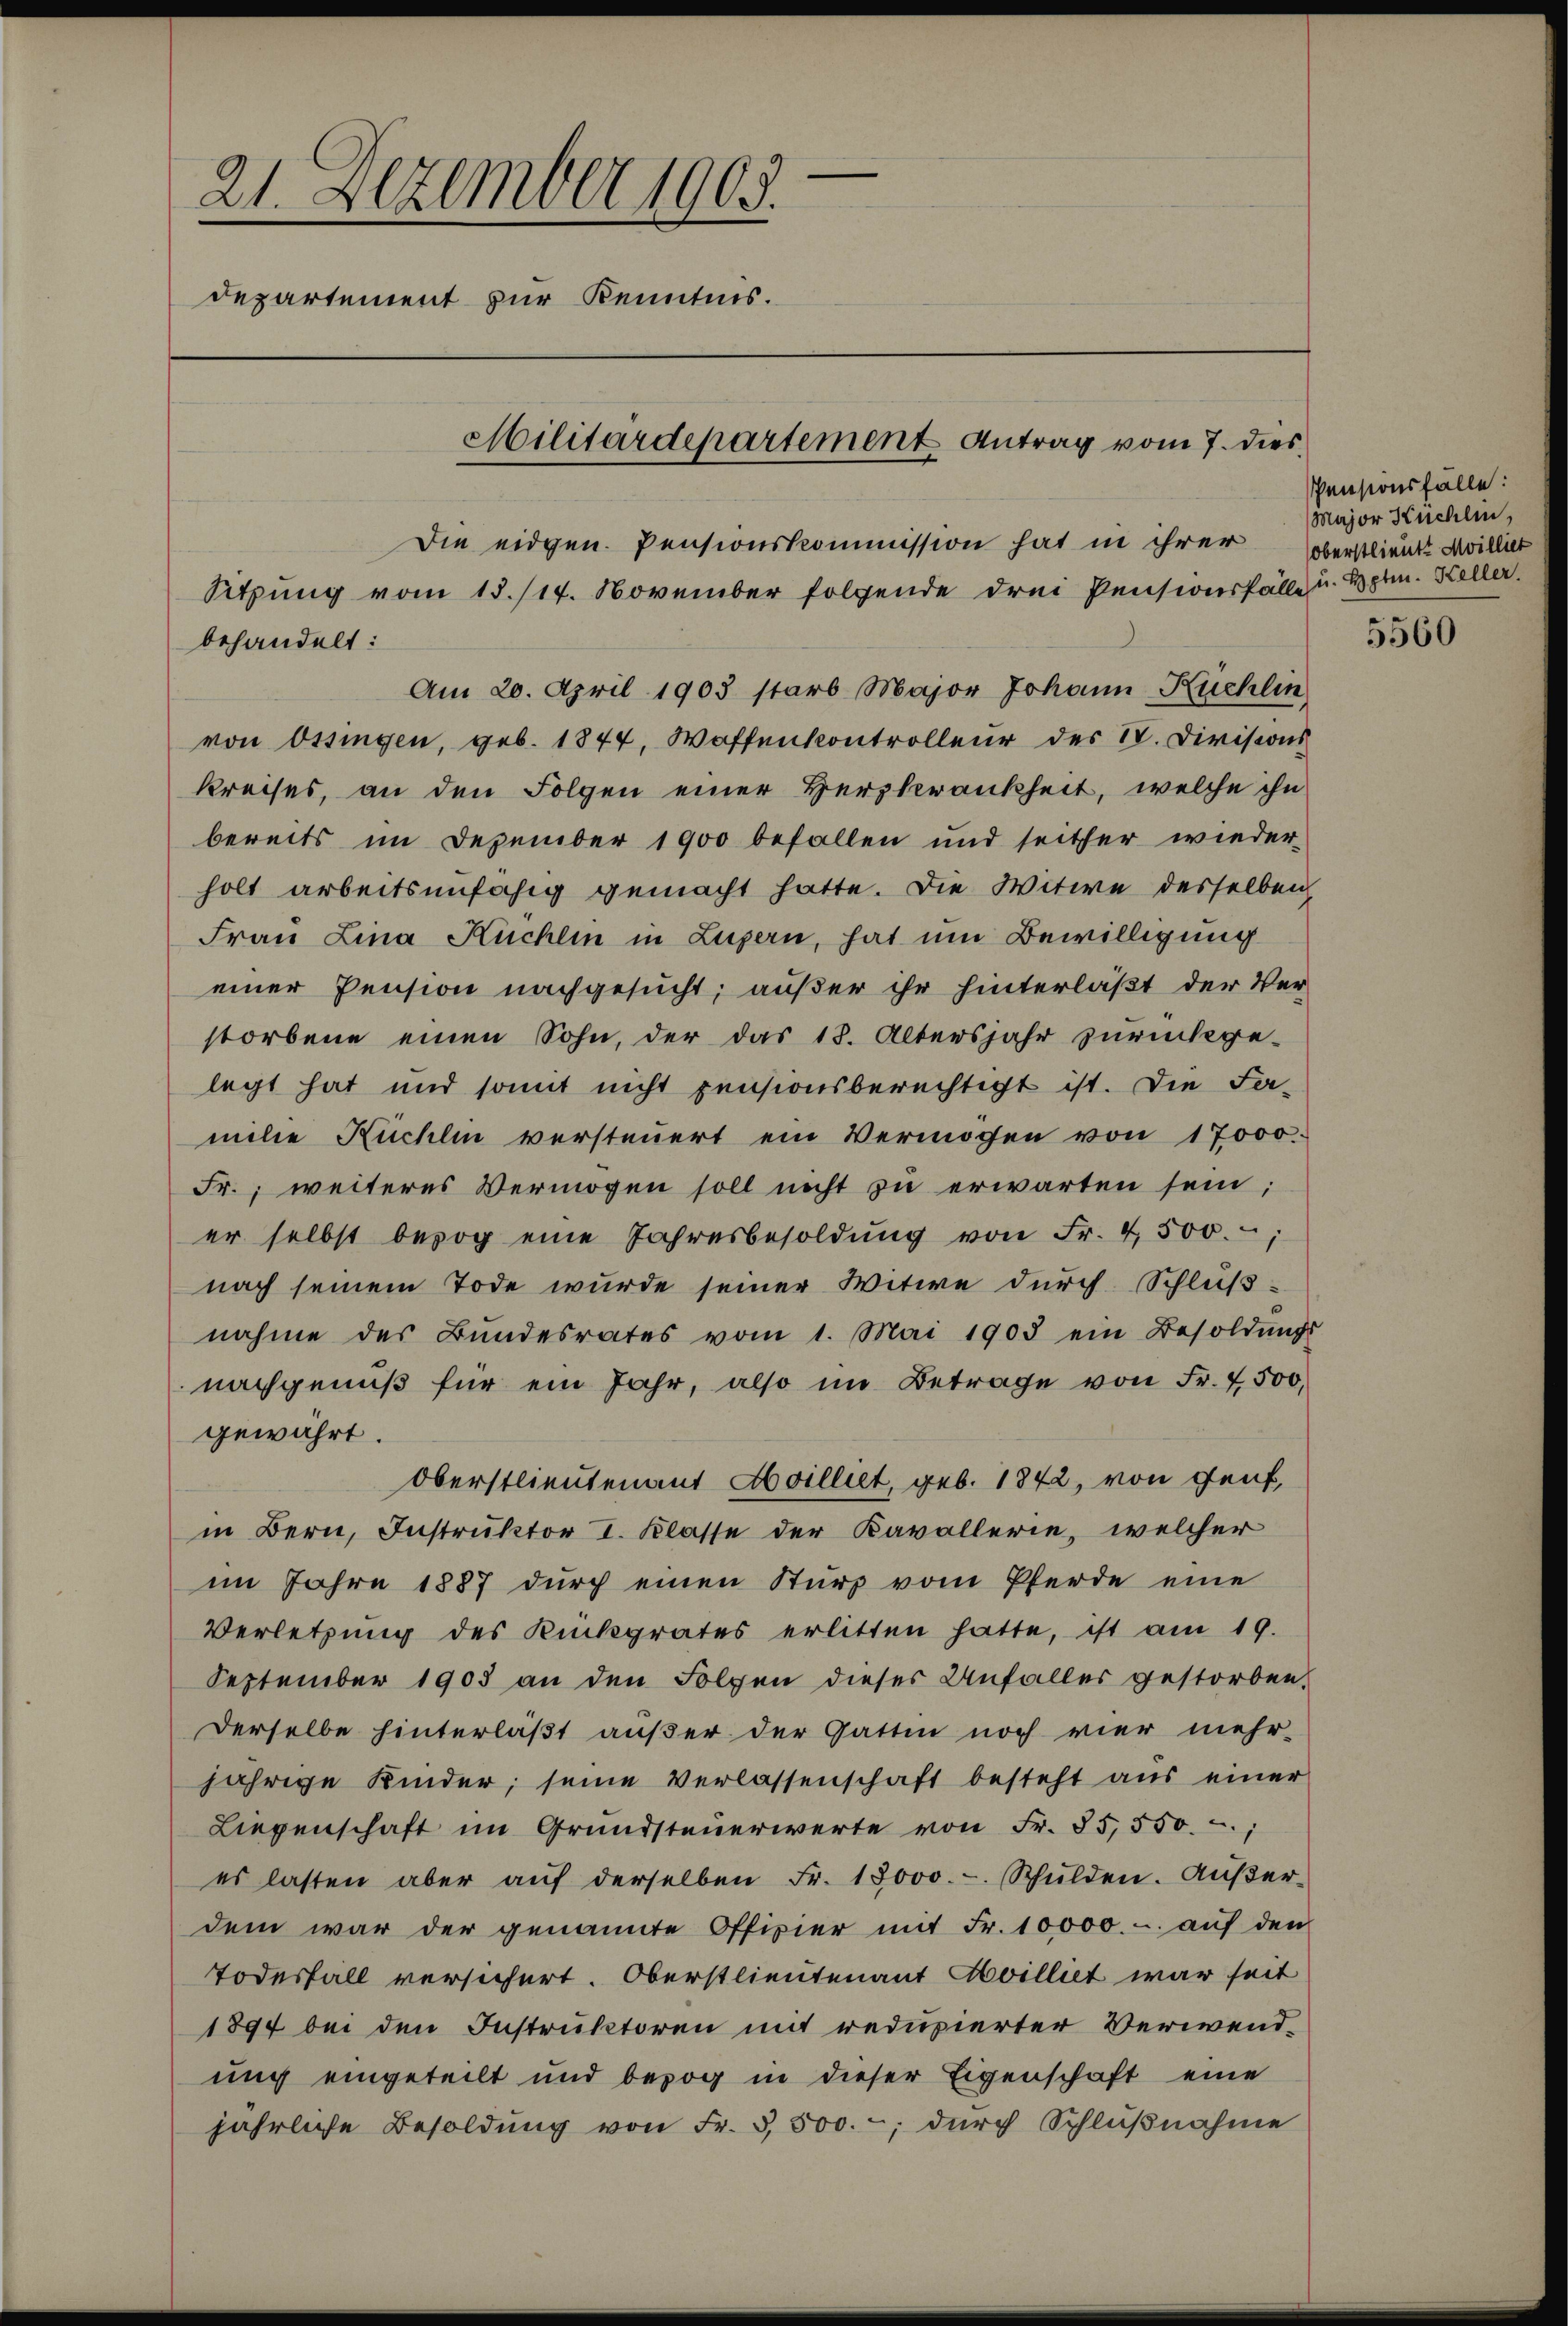
21. Dezember 1905.
departement zur Kenntnis.
Militärdepartement Antrag vom 7. dies
Die eidgen. Pensionskommission hat in ihrer
Sitzung vom 13./14. November folgende drei Pensionsfälle u. Hptm. Keller.
behandelt:

Am 20. April 1903 starb Major Johann Kuchlin
von Ossingen, geb. 1844, Waffenkontrolleur des 18. Divisions
kreises, an den Folgen einer Herzkrankheit, welche ihn
bereits im Dezember 1900 befallen und seither wieder
holt arbeitsunfähig gemacht hatte. Die Witwe desselben
Frau Lina Kuchlin in Luzern, hat um Bewilligung
einer Pension nachgesucht; außer ihr hinterläßt der Ver-
storbene einen Sohn, der das 18. Altersjahr zurückge-
legt hat und somit nicht pensionsberechtigt ist. Die Fa-
milie Küchlin versteuert ein Vermöchen von 17000.
Fr.; weiteres Vermögen soll nicht zu erwarten sein;
er selbst bezog eine Jahresbesoldŭng von Fr. 4500.
nach seinem Tode wurde seiner Witwe durch Schlußnahme des Bŭndesrates vom 1. Mai 1903 ein Besoldŭngs-
nachgenŭβ für ein Jahr, also im Betrage von Fr. 7500,
gewährt.
Oberstlieutenant Abbilliet, geb. 1842, von Genf,
in Bern, Instruktor I. Klasse der Kavallerie, welcher
im Jahre 1887 durch einen Sturz vom Pferde eine
Verletzung des Rückgrates erlitten hatte, ist am 19.
September 1903 an den Folgen dieses Unfaller gestorben.
Derselbe hinterläßt außer der Gattin noch vier mehr-
jährige Kinder, seine Verlassenschaft besteht aus einer
Liegenschaft im Grundsteŭerwerte von Fr. 85,550.
es lasten aber aŭf derselben Fr. 18000.- Schŭlden. Aŭβer-
dem war der genannte Offizier mit Fr. 10000.- aŭf den
Todesfall versichert. Oberstlieutenant Aoilliet war seit
1894 bei den Instruktoren mit reduzierter Verwendung eingeteilt und bezog in dieser Eigenschaft eine
jährliche Besoldŭng von Fr. 5500.-, durch Schlŭβnahme

Pensionsfälle:
Major Küchlin,
oberstlieutt Millier

5560